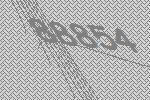
88854